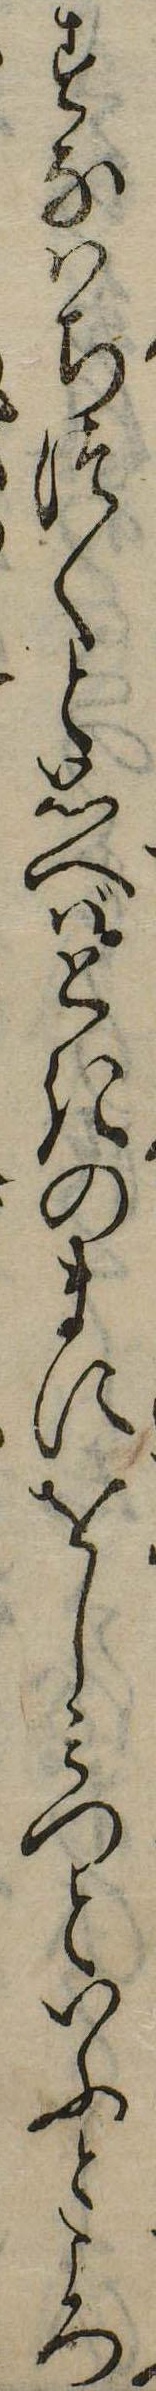
すなはちつくと思へばときのまにをしみつといふところ